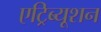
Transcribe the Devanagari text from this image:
एट्रिब्यूशन